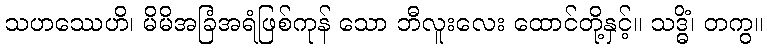
သဟဿေဟိ၊ မိမိအခြံအရံဖြစ်ကုန် သော ဘီလူးလေး ထောင်တို့နှင့်။ သဒ္ဓိံ၊ တကွ။